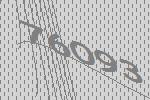
76093